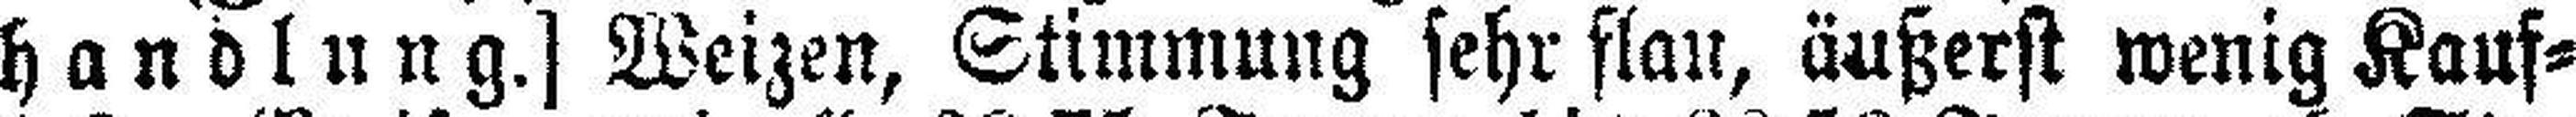
handlung.] Weizen, Stimmung sehr flau, äußerst wenig Kauf¬